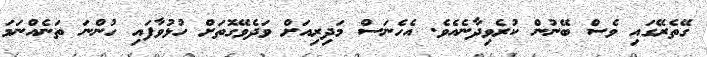
ގޭތެރޭގައި ވެސް ބޭނުން ކުރެވިދާނެއެވެ. އެހެނަސް މަދިރިއަށް ވަދެވޭގޮތަށް ހުޅުވާފައި ހުންނަ ތަނެއްނަމަ